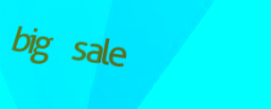
big sale